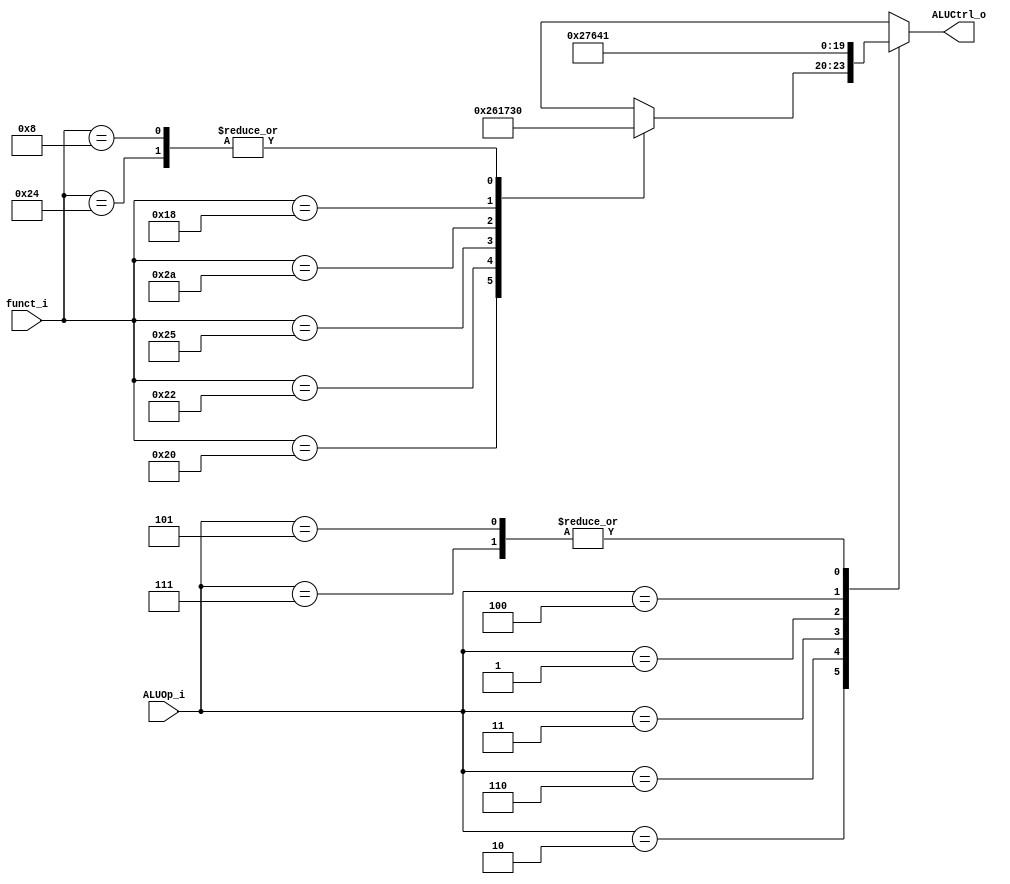
//Subject:     CO project 2 - ALU Controller
//--------------------------------------------------------------------------------
//Version:     1
//--------------------------------------------------------------------------------
//Writer:       0340249
//----------------------------------------------
//----------------------------------------------
//Description: 
//--------------------------------------------------------------------------------

module ALU_Ctrl(
          funct_i,
          ALUOp_i,
          ALUCtrl_o
);
          
//I/O ports 
input      [6-1:0] funct_i;
input      [3-1:0] ALUOp_i;

output     [4-1:0] ALUCtrl_o;
//Internal Signals
reg        [4-1:0] ALUCtrl_o;
//Parameter

       
//Select exact operation
always @(funct_i or ALUOp_i)
begin
	case (ALUOp_i)
		// R-type
		3'b010: begin
			//$display("%b", funct_i);
			case (funct_i)
				// add
				6'b100000:
					ALUCtrl_o = 4'b0010;
				// sub
				6'b100010:
					ALUCtrl_o = 4'b0110;
				// and
				6'b100100:
					ALUCtrl_o = 4'b0000;
				// or
				6'b100101:
					ALUCtrl_o = 4'b0001;
				// slt
				6'b101010:
					ALUCtrl_o = 4'b0111;
				/*
				// using unused ALU_ctrl
				// sll
				6'b000000:
					ALUCtrl_o = 4'b0101;
				// srlv
				6'b000110:
					ALUCtrl_o = 4'b1111;
				*/
				// lab3
				// mult
				6'b011000:
					ALUCtrl_o = 4'b0011;
				// jr
				6'b001000:
					ALUCtrl_o = 4'b0000;

				default:
					ALUCtrl_o = 4'bxxxx;
			endcase
		end
		// addi & lw & sw
		3'b110:
			ALUCtrl_o =  4'b0010;
		// slti
		3'b011:
			ALUCtrl_o =  4'b0111;
		// beq & bne (sub) & bgt
		3'b001:
			ALUCtrl_o =  4'b0110;
		// lui
		3'b100:
			ALUCtrl_o =  4'b0100;
		// ori
		3'b111:
			ALUCtrl_o =  4'b0001;

		// extra in lab3
		// bgez (or)
		3'b101:
			ALUCtrl_o = 4'b0001;
		// default
		default:
			ALUCtrl_o = 4'bxxxx;
	endcase
end
endmodule